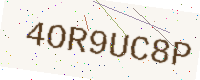
Text: 4OR9UC8P